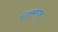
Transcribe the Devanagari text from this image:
रंगमंचन